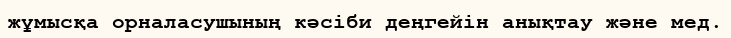
жұмысқа орналасушының кәсіби деңгейін анықтау және мед.